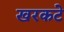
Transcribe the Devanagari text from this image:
खरकटे